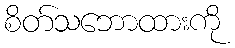
စိတ်သဘောထားကို